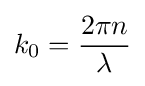
k_{0}={\frac {2\pi n}{\lambda }}